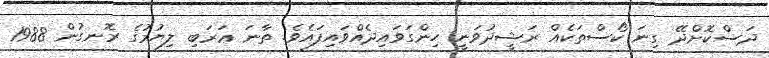
ދަސްކޮށްދޭ ގިނަ ކޯސްތަކެއް ރަޝީދުވަނީ ހިންގަވައިދެއްވައިފައެވެ. ތާނަ ޢަރަބި ލިޔުމުގެ ރޮނގުން 1988